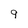
Character: 9